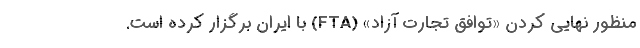
منظور نهایی کردن «توافق تجارت آزاد» (FTA) با ایران برگزار کرده ‌است.